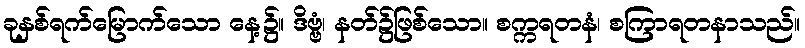
ခုနှစ်ရက်မြောက်သော နေ့၌။ ဒိဗ္ဗံ၊ နတ်၌ဖြစ်သော။ စက္ကရတနံ၊ စကြာရတနာသည်။